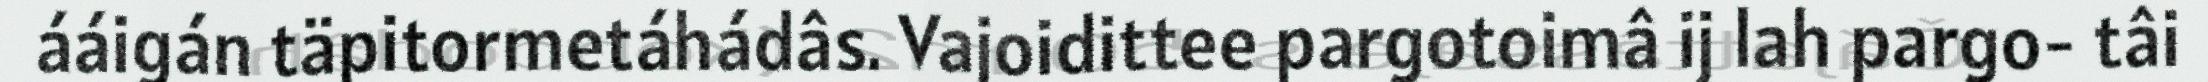
ááigán täpitormetáhádâs. Vajoidittee pargotoimâ ij lah pargo- tâi